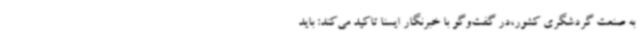
به صنعت گردشگری کشور،در گفت‌وگو با خبرنگار ایسنا تاکید می‌کند: باید